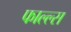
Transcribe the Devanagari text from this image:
फाल्ल्स